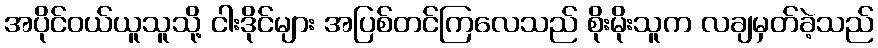
အပိုင်ဝယ်ယူသူသို့ ငါးဒိုင်များ အပြစ်တင်ကြလေသည် စိုးမိုးသူက လချမှတ်ခဲ့သည်